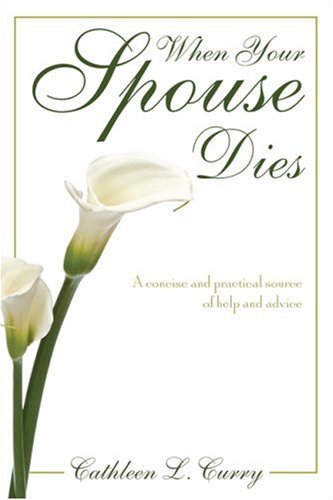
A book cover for When Your Spouse Dies: A Concise and Practical Source of Help and Advice; Cathleen L. Curry; Christian Books & Bibles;